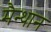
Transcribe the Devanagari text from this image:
मैन्थान